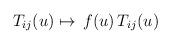
LaTeX: \begin{align*}T_{ij}(u)\mapsto\, f(u)\,T_{ij}(u)\end{align*}